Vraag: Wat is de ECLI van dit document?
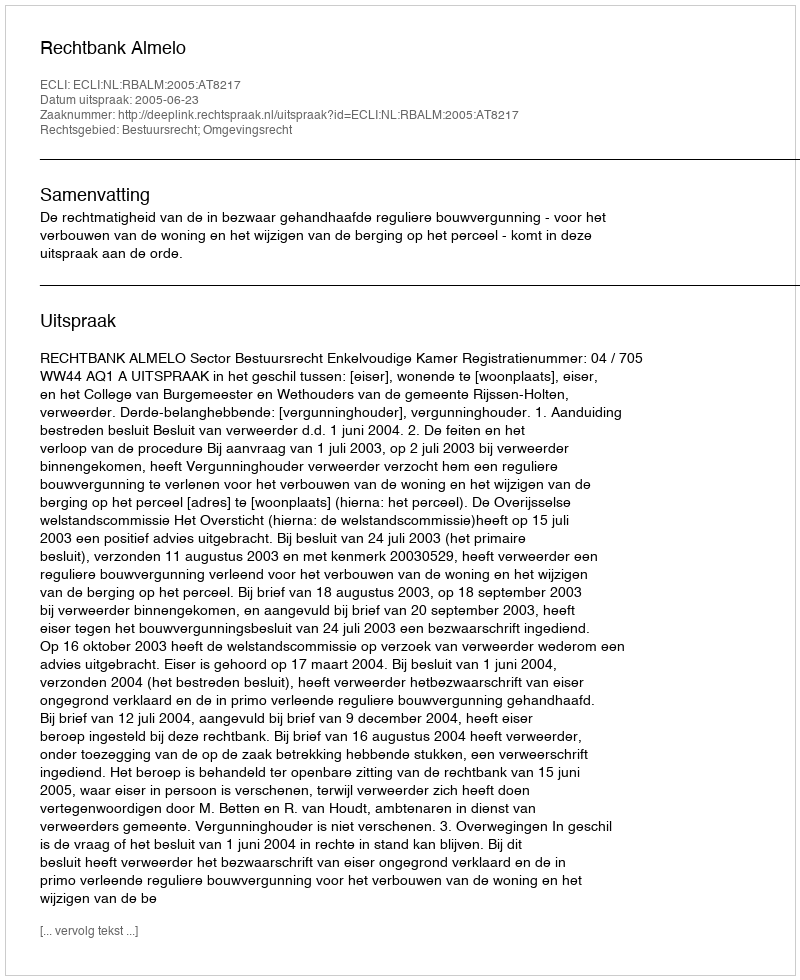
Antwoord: ECLI:NL:RBALM:2005:AT8217